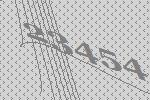
23454